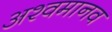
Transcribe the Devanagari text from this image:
अश्वमानव